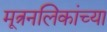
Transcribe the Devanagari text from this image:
मूत्रनलिकांच्या